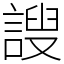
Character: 謏